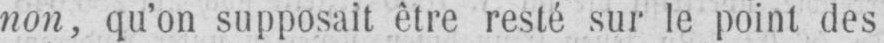
non, qu’on supposait être resté sur le point des